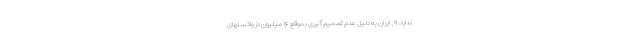
ندارد. ۹_ ایران به دلیل عدم تصمیم گیری بموقع ۱۶ میلیون دز واکسنهای